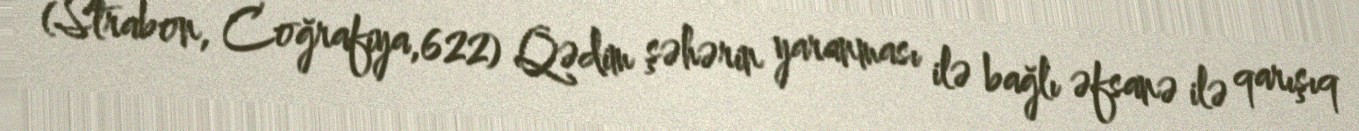
(Strabon, Coğrafiya,622) Qədim şəhərin yaranması ilə bağlı əfsanə ilə qarışıq